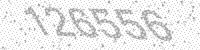
Solution: 126556